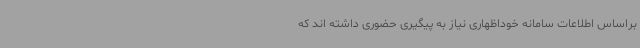
براساس اطلاعات سامانه خوداظهاری نیاز به پیگیری حضوری داشته اند که